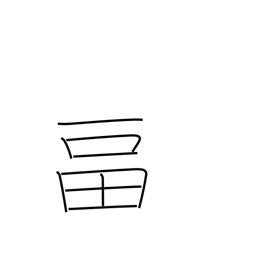
Meaning: to fill